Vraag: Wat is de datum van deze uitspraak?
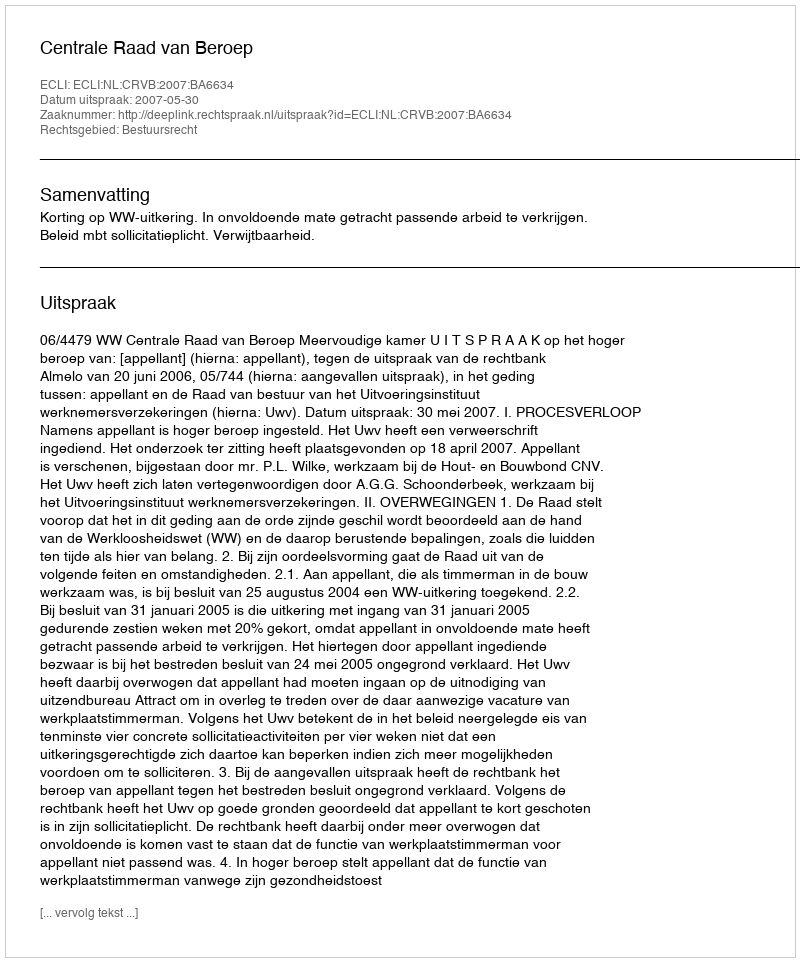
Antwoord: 2007-05-30